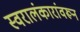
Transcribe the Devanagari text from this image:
स्वरालंकारांवरून